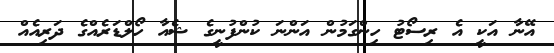
އޭނާ އަކީ އެ ރިސޯޓު ހިންގަމުން އަންނަ ކުންފުނީގެ ޝެއާ ހޯލްޑަރެއްގެ ދަރިއެއް